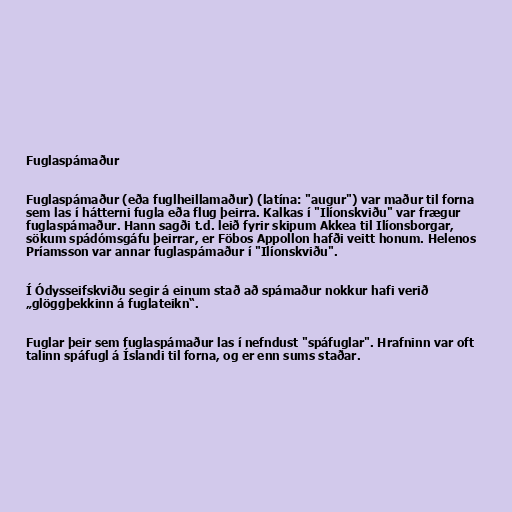
Fuglaspámaður

Fuglaspámaður (eða fuglheillamaður) (latína: "augur") var maður til forna
sem las í hátterni fugla eða flug þeirra. Kalkas í "Ilíonskviðu" var frægur
fuglaspámaður. Hann sagði t.d. leið fyrir skipum Akkea til Ilíonsborgar,
sökum spádómsgáfu þeirrar, er Föbos Appollon hafði veitt honum. Helenos
Príamsson var annar fuglaspámaður í "Ilíonskviðu".

Í Ódysseifskviðu segir á einum stað að spámaður nokkur hafi verið
„glöggþekkinn á fuglateikn“.

Fuglar þeir sem fuglaspámaður las í nefndust "spáfuglar". Hrafninn var oft
talinn spáfugl á Íslandi til forna, og er enn sums staðar.